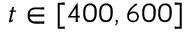
t \in [ 4 0 0 , 6 0 0 ]